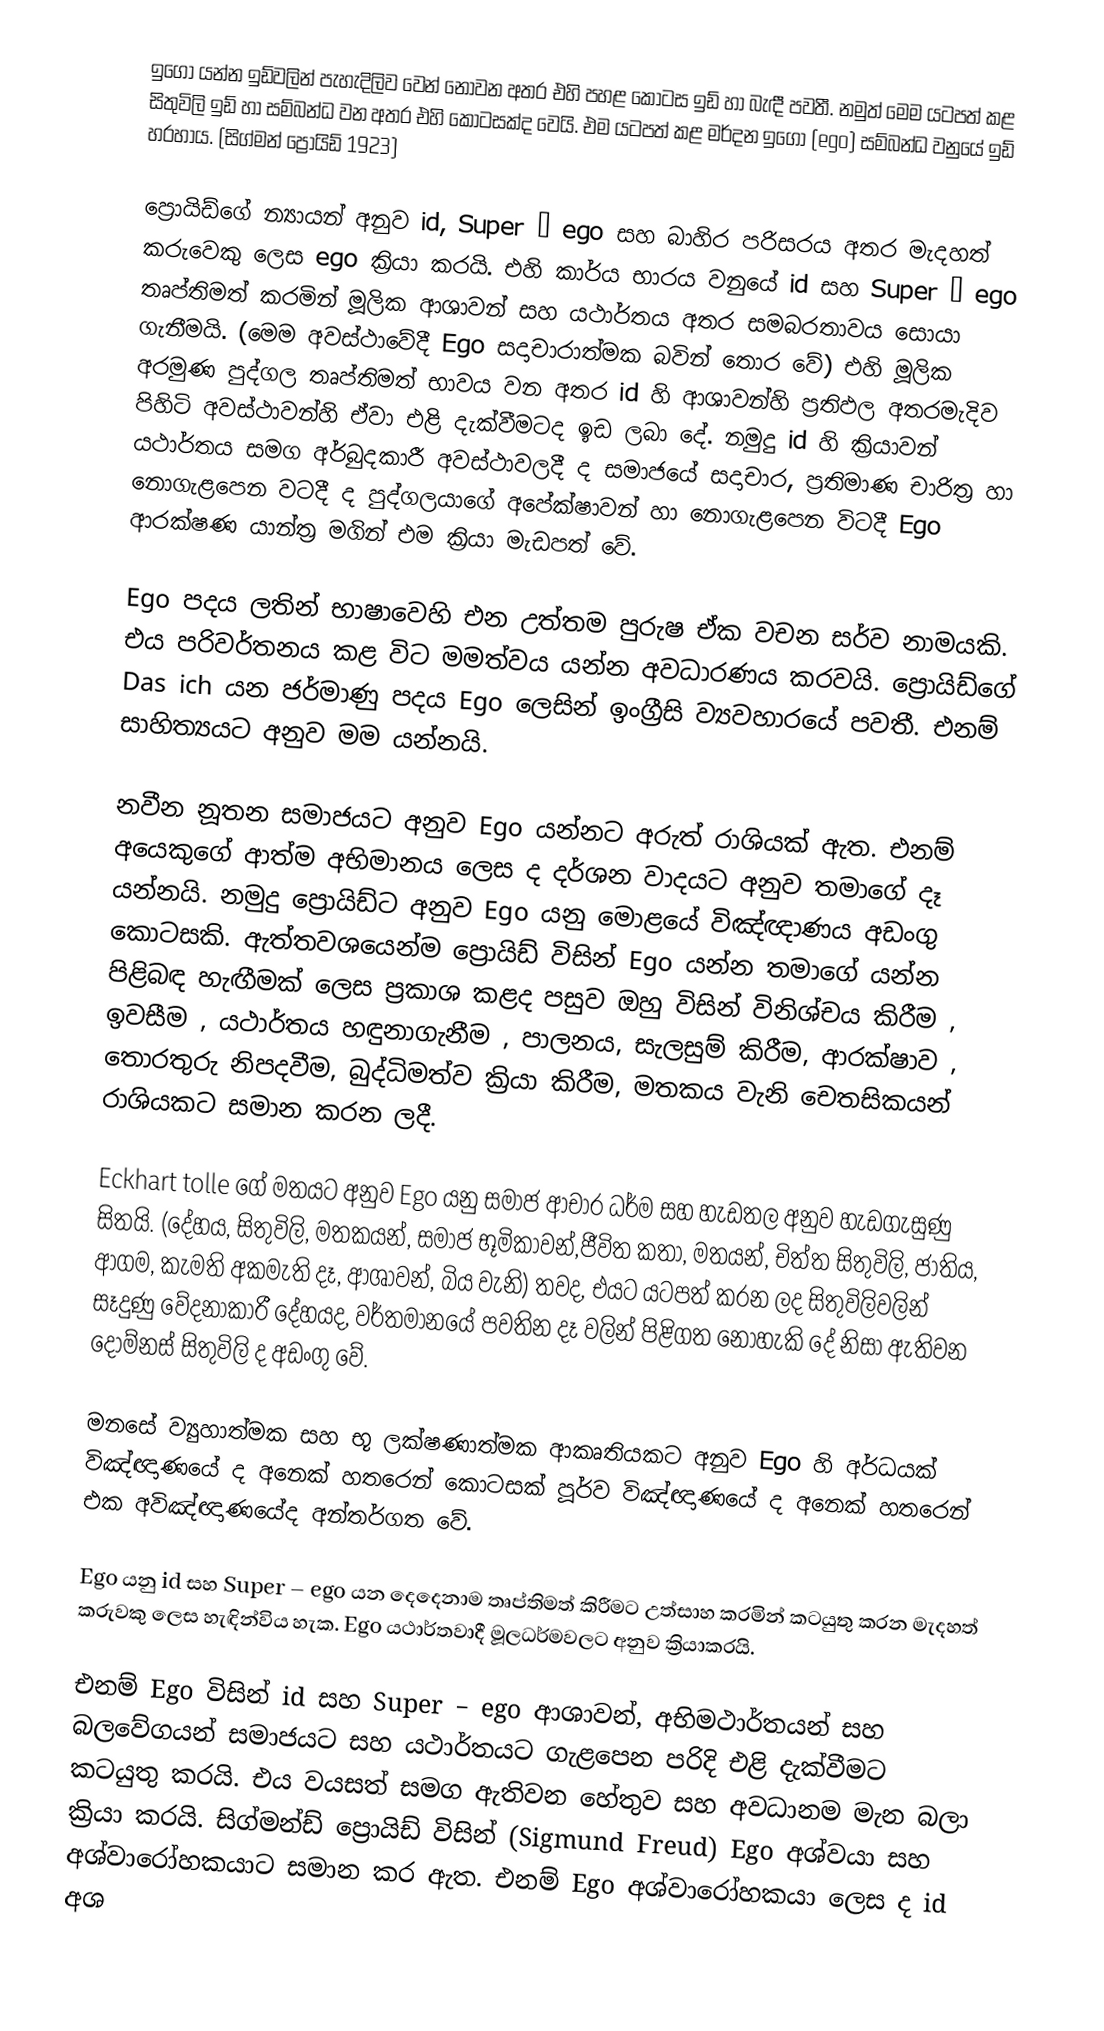
ඉගෝ යන්න ඉඩ්වලින් පැහැදිලිව වෙන් නොවන අතර එහි පහළ කොටස ඉඩ් හා බැඳී පවතී. නමුත් මෙම යටපත් කළ සිතුවිලි ඉඩ් හා සම්බන්ධ වන අතර එහි කොටසක්ද වෙයි. එම යටපත් කළ මර්දන ඉගෝ (ego) සම්බන්ධ වනුයේ ඉඩ් හරහාය. (සිග්මන් ප්‍රොයිඩ් 1923)

ප්‍රොයිඩ්ගේ න්‍යායන් අනුව id, Super – ego සහ බාහිර පරිසරය අතර මැදහත් කරුවෙකු ලෙස ego ක්‍රියා කරයි. එහි කාර්ය භාරය වනුයේ id සහ Super – ego තෘප්තිමත් කරමින් මූලික ආශාවන් සහ යථාර්තය අතර සමබරතාවය සොයා ගැනීමයි. (මෙම අවස්ථාවේදී Ego සදාචාරාත්මක බවින් තොර වේ) එහි මූලික අරමුණ පුද්ගල තෘප්තිමත් භාවය වන අතර id හි ආශාවන්හි ප්‍රතිඵල අතරමැදිව පිහිටි අවස්ථාවන්හි ඒවා එළි දැක්වීමටද ඉඩ ලබා දේ. නමුදු id හි ක්‍රියාවන් යථාර්තය සමග අර්බුදකාරී අවස්ථාවලදී ද සමාජයේ සදාචාර, ප්‍රතිමාණ චාරිත්‍ර හා නොගැළපෙන වටදී ද පුද්ගලයාගේ අපේක්ෂාවන් හා නොගැළපෙන විටදී Ego ආරක්ෂණ යාන්ත්‍ර මගින් එම ක්‍රියා මැඩපත් වේ.

Ego පදය ලතින් භාෂාවෙහි එන උත්තම පුරුෂ ඒක වචන සර්ව නාමයකි. එය පරිවර්තනය කළ විට මමත්වය යන්න අවධාරණය කරවයි. ප්‍රොයිඩ්ගේ Das ich යන ජර්මාණු පදය Ego ලෙසින් ඉංග්‍රීසි ව්‍යවහාරයේ පවතී. එනම් සාහිත්‍යයට අනුව මම යන්නයි.

නවීන නූතන සමාජයට අනුව Ego යන්නට අරුත් රාශියක් ඇත. එනම් අයෙකුගේ ආත්ම අභිමානය ලෙස ද දර්ශන වාදයට අනුව තමාගේ දෑ යන්නයි. නමුදු ප්‍රොයිඩ්ට අනුව Ego යනු මොළයේ විඤ්ඥාණය අඩංගු කොටසකි. ඇත්තවශයෙන්ම ප්‍රොයිඩ් විසින් Ego යන්න තමාගේ යන්න පිළිබඳ හැඟීමක් ලෙස ප්‍රකාශ කළද පසුව ඔහු විසින් විනිශ්චය කිරීම , ඉවසීම , යථාර්තය හඳුනාගැනීම , පාලනය, සැලසුම් කිරීම, ආරක්ෂාව , තොරතුරු නිපදවීම, බුද්ධිමත්ව ක්‍රියා කිරීම, මතකය වැනි චෙතසිකයන් රාශියකට සමාන කරන ලදී.

Eckhart tolle ගේ මතයට අනුව Ego යනු සමාජ ආචාර ධර්ම සහ හැඩතල අනුව හැඩගැසුණු සිතයි. (දේහය, සිතුවිලි, මතකයන්, සමාජ භූමිකාවන්,ජීවිත කතා, මතයන්, චිත්ත සිතුවිලි, ජාතිය, ආගම, කැමති අකමැති දෑ, ආශාවන්, බිය වැනි) තවද, එයට යටපත් කරන ලද සිතුවිලිවලින් සෑදුණු වේදනාකාරී දේහයද, වර්තමානයේ පවතින දෑ වලින් පිළිගත නොහැකි දේ නිසා ඇතිවන දොම්නස් සිතුවිලි ද අඩංගු වේ.

මනසේ ව්‍යුහාත්මක සහ භූ ලක්ෂණාත්මක ආකෘතියකට අනුව Ego හි අර්ධයක් විඤ්ඥාණයේ ද අනෙක් හතරෙන් කොටසක් පූර්ව විඤ්ඥාණයේ ද අනෙක් හතරෙන් එක අවිඤ්ඥාණයේද අන්තර්ගත වේ.

Ego යනු id සහ Super – ego යන දෙදෙනාම තෘප්තිමත් කිරීමට උත්සාහ කරමින් කටයුතු කරන මැදහත් කරුවකු ලෙස හැඳින්විය හැක. Ego යථාර්තවාදී මූලධර්මවලට අනුව ක්‍රියාකරයි.

එනම් Ego විසින් id සහ Super – ego ආශාවන්, අභිමථාර්තයන් සහ බලවේගයන් සමාජයට සහ යථාර්තයට ගැළපෙන පරිදි එළි දැක්වීමට කටයුතු කරයි. එය වයසත් සමග ඇතිවන හේතුව සහ අවධානම මැන බලා ක්‍රියා කරයි. සිග්මන්ඩ් ප්‍රොයිඩ් විසින් (Sigmund Freud) Ego අශ්වයා සහ අශ්වාරෝහකයාට සමාන කර ඇත. එනම් Ego අශ්වාරෝහකයා ලෙස ද id අශ